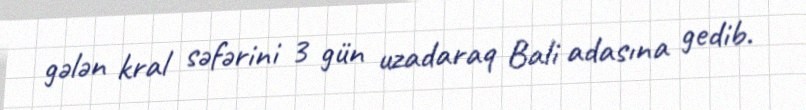
gələn kral səfərini 3 gün uzadaraq Bali adasına gedib.